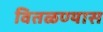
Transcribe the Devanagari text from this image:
वितळण्यास